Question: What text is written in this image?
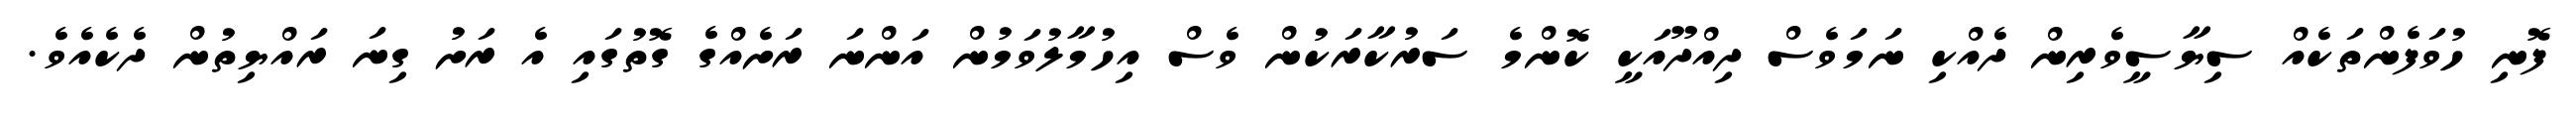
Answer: ފޮނި ހުވަފެންތަކެއް ސިޔާސީވެރިން ދެއްކި ނަމަވެސް ދިއްދޫއަކީ ކޮންމެ ސަރުކާރަކުން ވެސް އިހުމާލުވަމުން އަންނަ ރަށެއްގެ ގޮތުގައި އެ ރަށު ގިނަ ރައްޔިތުން ދެކެއެވެ.